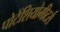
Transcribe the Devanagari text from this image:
पोटेंशियोमीटर्स